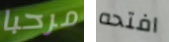
مرحبا افتحه